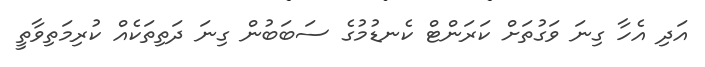
އަދި އެހާ ގިނަ ވަގުތަށް ކަރަންޓް ކެނޑުމުގެ ސަބަބުން ގިނަ ދަތިތަކެއް ކުރިމަތިވާތީ